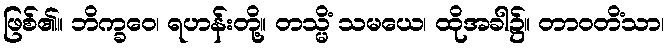
ဖြစ်၏။ ဘိက္ခဝေ၊ ရဟန်းတို့။ တသ္မိံ သမယေ၊ ထိုအခါ၌။ တာဝတိံသာ၊